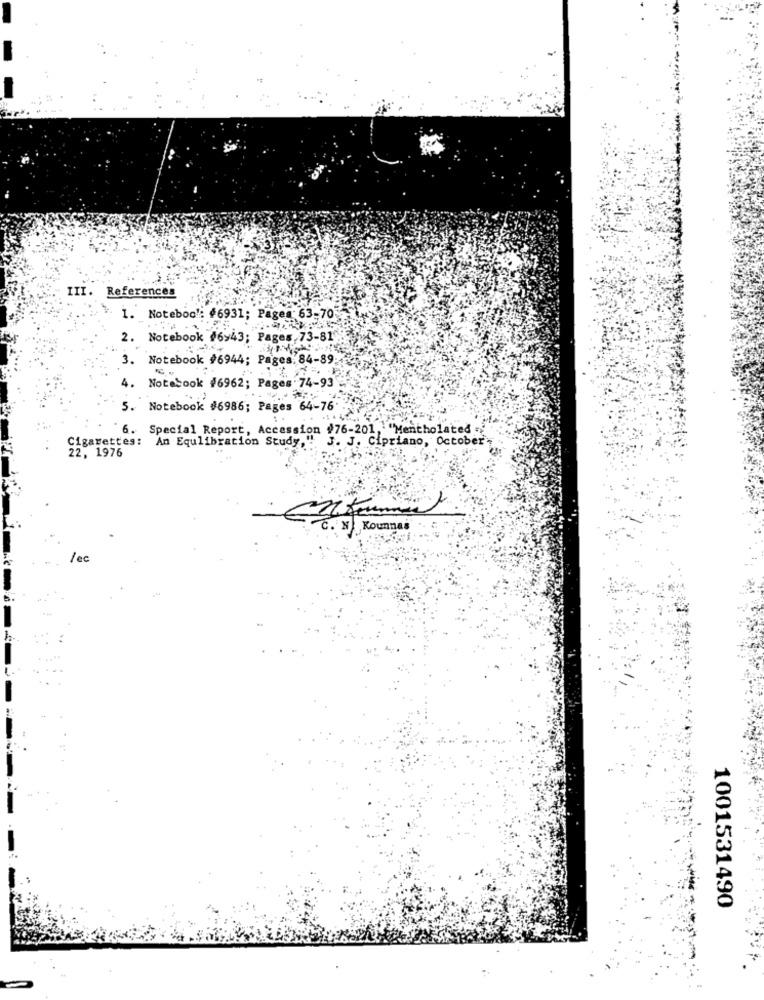
III. References
> 1. Noteboo !: #6931; Pages: 63-70
2. Notebook #6>43; Pages, 73-81'
3. Notebook #6944; Pages, 84-89
4.
Notebook #6962; Pages 74-93
5. Notebook #6986; Pages 64-76
6. Special Report, Accession #76-201, "Mentholated .
Cigarettes: An Equlibration Study,"! J. J. Cipriano, October
22, 1976
E. N Kounal
/ec
1001531490